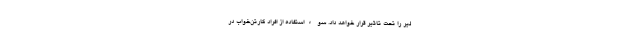
لیر را تحت تاثیر قرار خواهد داد. سوءاستفاده از افراد کارتن‌خواب در